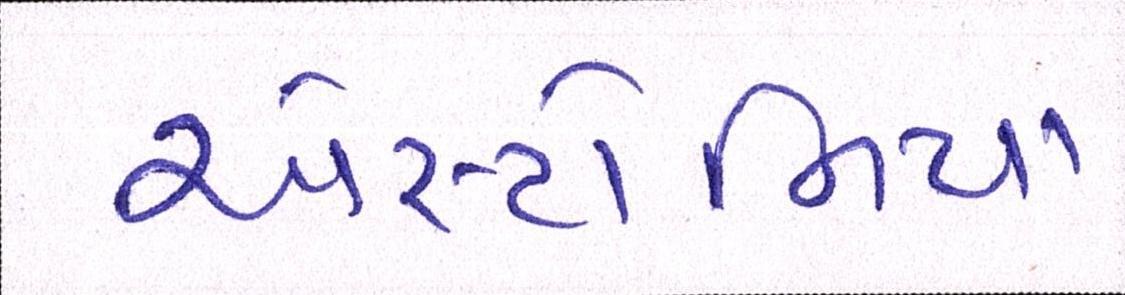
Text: એસ્ટોનિયા